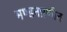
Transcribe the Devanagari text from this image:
मण्डनप्रणीत